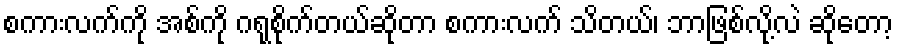
စကားလက်ကို အစ်ကို ဂရုစိုက်တယ်ဆိုတာ စကားလက် သိတယ်၊ ဘာဖြစ်လို့လဲ ဆိုတော့